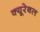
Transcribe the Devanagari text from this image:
क्यूरेबल